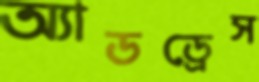
অ্যাডড্রেস